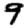
Digit: 9